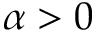
\alpha > 0